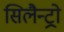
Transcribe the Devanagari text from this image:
सिलैन्ट्रो